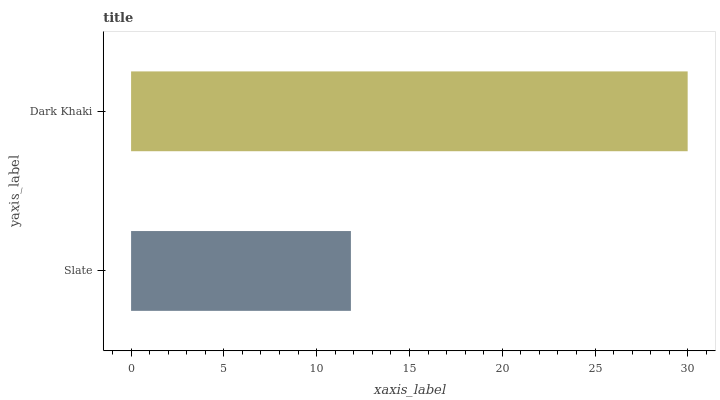
| yaxis_label | bars |
 | --- | --- |
 | Slate | 11.8 |
 | Dark Khaki | 30 |